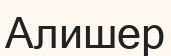
Алишер